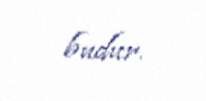
budur.